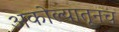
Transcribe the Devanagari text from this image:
अकोल्यातूनच